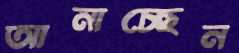
আনাচ্ছেন